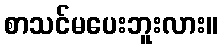
စာသင်မပေးဘူးလား။